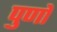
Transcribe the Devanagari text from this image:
पुणो